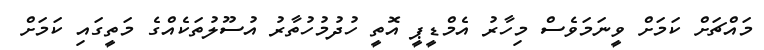
މައްޗަށް ކަމަށް ވީނަމަވެސް މިހާރު އެމްޑީޕީ އޮތީ ހުދުމުހުތާރު އުސޫލުތަކެއްގެ މަތީގައި ކަމަށް